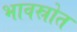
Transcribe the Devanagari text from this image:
भावस्रोत